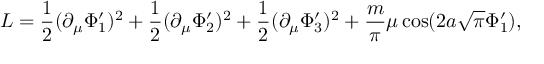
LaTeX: { \cal L } = \frac { 1 } { 2 } ( \partial _ { \mu } \Phi _ { 1 } ^ { \prime } ) ^ { 2 } + \frac { 1 } { 2 } ( \partial _ { \mu } \Phi _ { 2 } ^ { \prime } ) ^ { 2 } + \frac { 1 } { 2 } ( \partial _ { \mu } \Phi _ { 3 } ^ { \prime } ) ^ { 2 } + \frac { m } { \pi } \mu \cos ( 2 a \sqrt { \pi } \Phi _ { 1 } ^ { \prime } ) ,